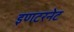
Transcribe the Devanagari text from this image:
इणटरनेट